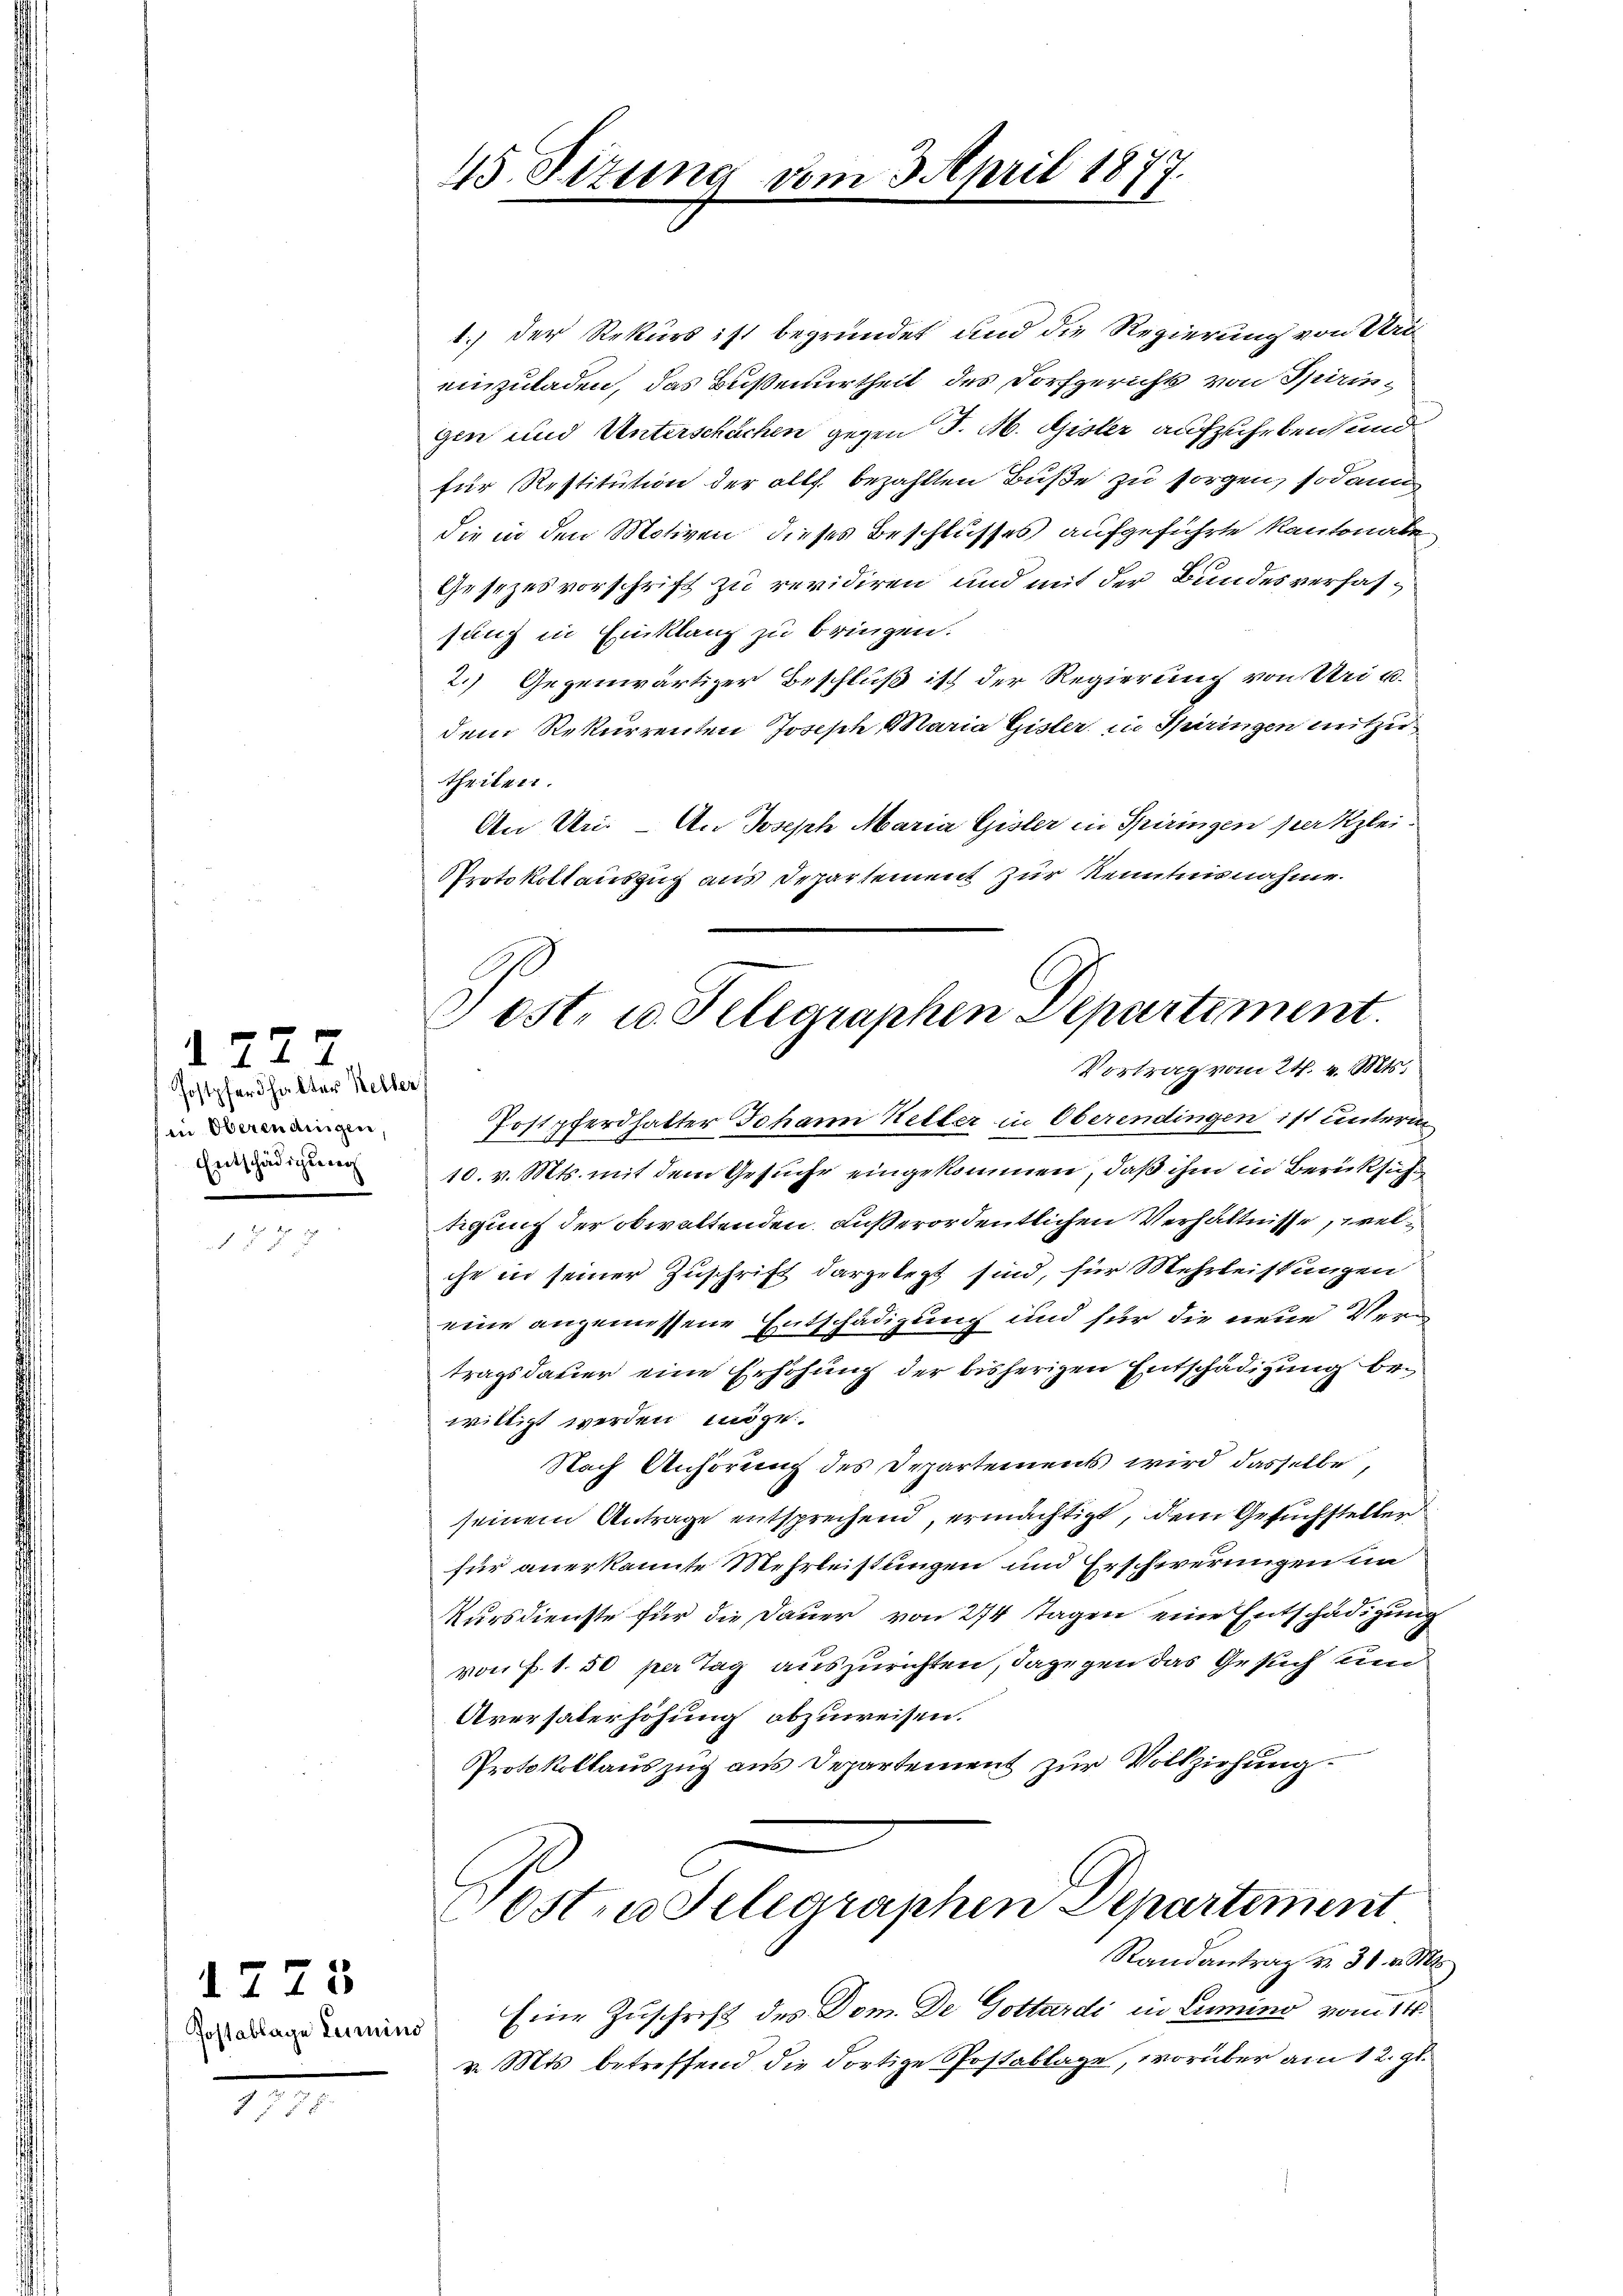
d. 227.
Postpferhalter Keller
in Oberendingen,
Entschädigung

1773
Postablage Leimino

1775

45 Sizung vom 3. April 1877.

Jost u. Telegraphen Departement.
Vortrag vom 24. v. Mts.

1.) Der Rekurs ist begründet und die Regierung von Uri
einzuladen, das Bußenurtheil des Dorfgerichts von Spiringen und Unterschächen gegen J. M. Gister aufzuheben, und
für Restitution der alls bezahlten Buße zu sorgen, sodann
die in den Motiven dieses Beschlusses aufgeführte Kantonale
Gesezesvorschrift zu revidiren und mit der Bundesverfassung in Einklanz zu bringen.
2.) Gegenwärtiger Beschluß ist der Regierung von Uri u.
dem Rekurrenten Joseph Maria Gisler in Spiringen mitzutheilen
An Un. - An Joseph Maria Gisler in Spiringen per Klei¬
Protokollauszug aus Departement zur Kenntnisnahme.
Postpferdhalter Johann Keller in Oberendingen ist unterm
10. v. Mts. mit dem Gesuche eingekommen, daß ihm in Berücksich
tigung der obwaltenden außerordentlichen Verhältnisse, welche in seiner Zuschrift dargelegt sind, für Mehrleistungen
eine angemessene Entschädigung und für die neue Vertragsdauer eine Erhöhung der bisherigen Entschädigung bewilligt werden möge.
Nach Anhörung des Departements wird dasselbe,
seinem Antrage entsprechend, ermächtigt, dem Gesuchsteller
für anerkannte Mehrleistungen und Erschwerungen in
Kursdienste für die Dauer von 274 Tagen eine Entschädigung
von F. 1. 50 per Tag auszurichten, dagegen das Gesuch und
Aversalerhöhung abzuweisen.
Protokollauszug aus Departement zur Vollziehung.

Posten Telegraphen Departement

Randantrag v. 31. v. Mts.
Eine Zuschrift des Dom. De Gottardi in Lumino vom 14.
v. Mts. betreffend die dortige Postablage, worüber am 12. gl.